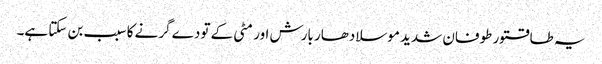
یہ طاقتور طوفان شدید موسلادھار بارش اور مٹی کے تودے گرنے کا سبب بن سکتا ہے۔